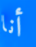
أنا